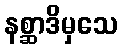
နစ္ဆာဒိမှသေ